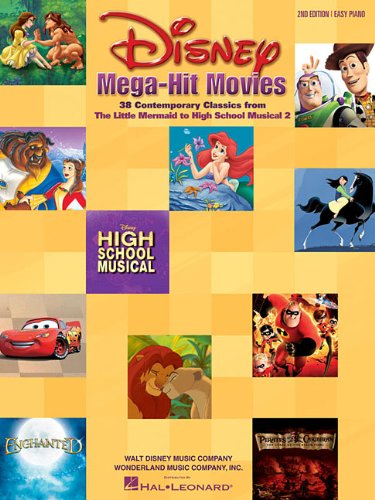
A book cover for Disney Mega-Hit Movies: 38 Contemporary Classics from The Little Mermaid to High School Musical 2; Arts & Photography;